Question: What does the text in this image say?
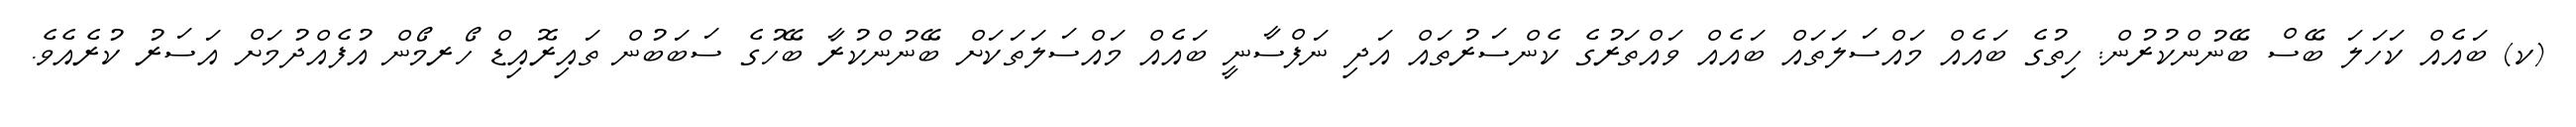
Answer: (ކ) ބައެއް ކަހަލަ ބޭސް ބޭނުންކުރުން: ހިތުގެ ބައެއް މައްސަލަތައް ބައެއް ވައްތަރުގެ ކެންސަރުތައް އަދި ނަފްސާނީ ބައެއް މައްސަލަތަކަށް ބޭނުންކުރާ ބޭހުގެ ސަބަބުން ތައިރޮއިޑް ހޯރމޯން އުފެއްދުމަށް އަސަރު ކުރެއެވެ.